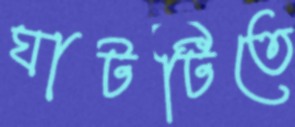
ঘাটটিতে